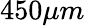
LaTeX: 450\mu m